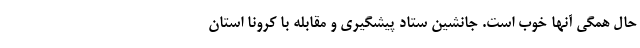
حال همگی آنها خوب است. جانشین ستاد پیشگیری و مقابله با کرونا استان